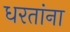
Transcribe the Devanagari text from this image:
धरतांना